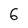
Character: 6